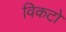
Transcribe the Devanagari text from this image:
विकटो